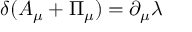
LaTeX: \delta ( { \cal A } _ { \mu } + { \Pi } _ { \mu } ) = \partial _ { \mu } \lambda